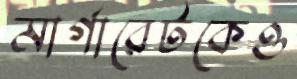
মার্গারেটকেও